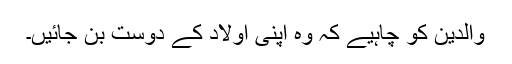
والدین کو چاہیے کہ وہ اپنی اولاد کے دوست بن جائیں۔